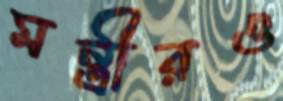
মন্ত্রীরও